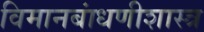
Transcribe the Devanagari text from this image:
विमानबांधणीशास्त्र